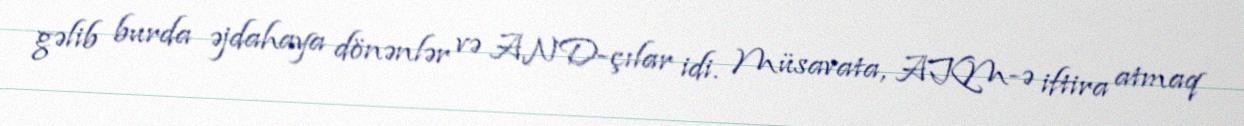
gəlib burda əjdahaya dönənlər və AND-çılar idi. Müsavata, AKM-ə iftira atmaq